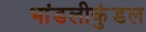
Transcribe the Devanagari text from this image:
भांडलीकुंडल